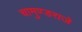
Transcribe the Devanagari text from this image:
चामुण्डराजे